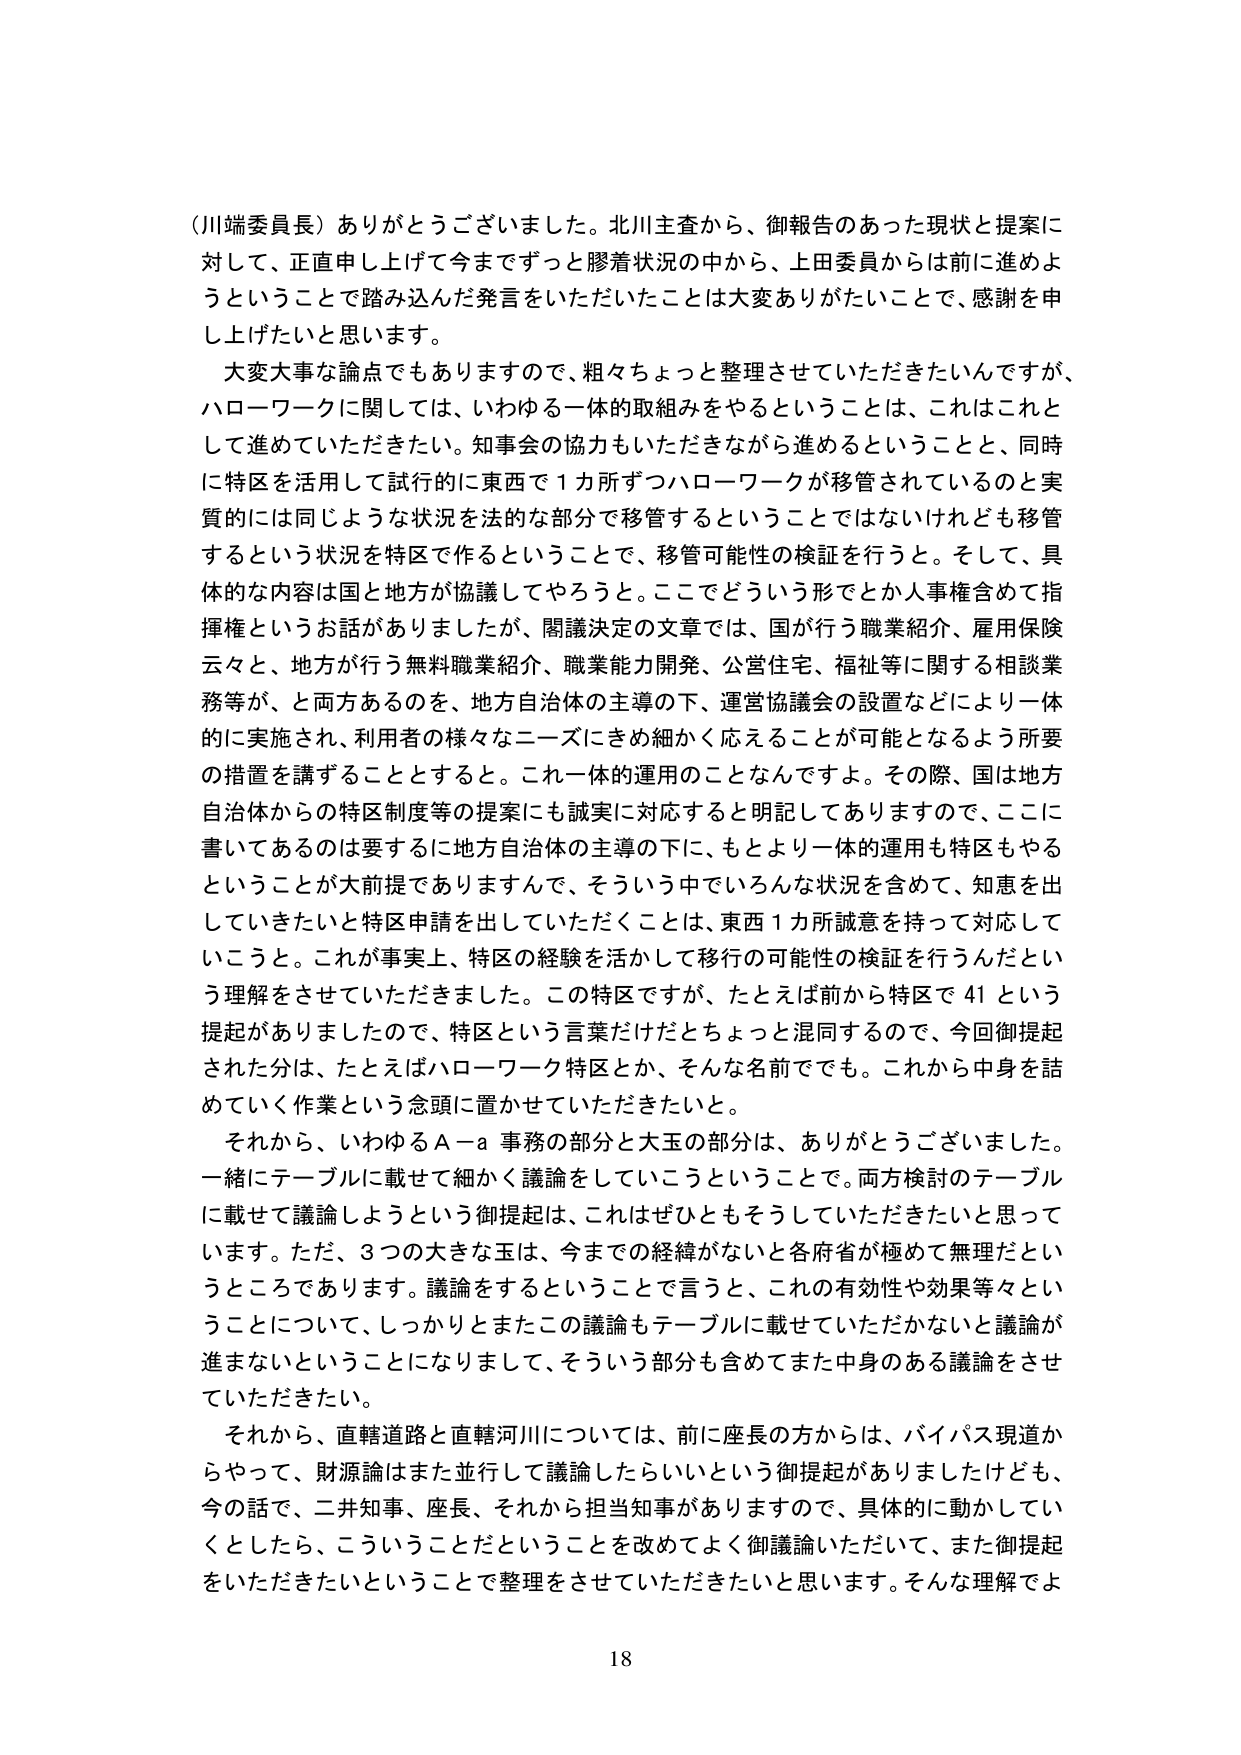
（川端委員長）ありがとうございました。北川主査から、御報告のあった現状と提案に対して、正直申し上げて今までずっと膠着状況の中から、上田委員からは前に進めようということで踏み込んだ発言をいただいたことは大変ありがたいことで、感謝を申し上げたいと思います。

大変大事な論点でもありますので、粗々ちょっと整理させていただきたいんですが、ハローワークに関しては、いわゆる一体的取組みをやるということは、これはこれとして進めていただきたい。知事会の協力もいただきながら進めるということと、同時に特区を活用して試行的に東西で１カ所ずつハローワークが移管されているのと実質的には同じような状況を法的な部分で移管するということではないけれども移管するという状況を特区で作るということで、移管可能性の検証を行うと。そして、具体的な内容は国と地方が協議してやろうと。ここでどういう形でとか人事権含めて指揮権というお話がありましたけど、閣議決定の文章では、国が行う職業紹介、雇用保険云々と、地方が行う無料職業紹介、職業能力開発、公営住宅、福祉等に関する相談業務等が、と両方あるのを、地方自治体の主導の下、運営協議会の設置などにより一体的に実施され、利用者の様々なニーズにきめ細かく応えることが可能となるよう所要の措置を講ずることとすると。これ一体的運用のことなんですよ。その際、国は地方自治体からの特区制度等の提案にも誠実に対応すると明記してありますので、ここに書いてあるのは要するに地方自治体の主導の下に、もとより一体的運用も特区もやるということが大前提でありますんで、そういう中でいろんな状況を含めて、知恵を出していきたいと特区申請を出していただくことは、東西１カ所誠意を持って対応していこうと。これが事実上、特区の経験を活かして移行の可能性の検証を行うんだという理解をさせていただきました。この特区ですが、たとえば前から特区で41という提起がありましたので、特区という言葉だけだとちょっと混同するので、今回御提起された分は、たとえばハローワーク特区とか、そんな名前でも。これから中身を詰めていく作業という念頭に置かせていただきたいと。

それから、いわゆるA－a事務の部分と大玉の部分は、ありがとうございました。一緒にテーブルに載せて細かく議論をしていこうということで。両方検討のテーブルに載せて議論しようという御提起は、これはぜひともそうしていただきたいと思っています。ただ、3つの大きな玉は、今までの経緯がないと各府省が極めて無理だというところであります。議論をするということで言うと、これの有効性や効果等々ということについて、しっかりとまたこの議論もテーブルに載せていただかないと議論が進まないということになりまして、そういう部分も含めてまた中身のある議論をさせていただきたい。

それから、直轄道路と直轄河川については、前に座長の方からは、バイパス現道からやって、財源論はまた並行して議論したらいいという御提起がありましたけども、今の話で、二井知事、座長、それから担当知事がありますので、具体的に動かしていくとしたら、こういうことだということを改めてよく御議論いただいて、また御提起をいただきたいということで整理をさせていただきたいと思います。そんな理解でよ

18